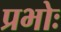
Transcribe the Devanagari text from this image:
प्रभोः